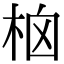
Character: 㭡